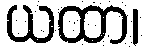
ယထာ၊